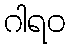
ဂါရဝ